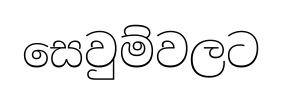
සෙවුම්වලට